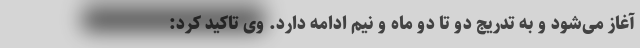
آغاز می‌شود و به تدریج دو تا دو ماه و نیم ادامه دارد. وی تاکید کرد: